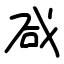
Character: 咸